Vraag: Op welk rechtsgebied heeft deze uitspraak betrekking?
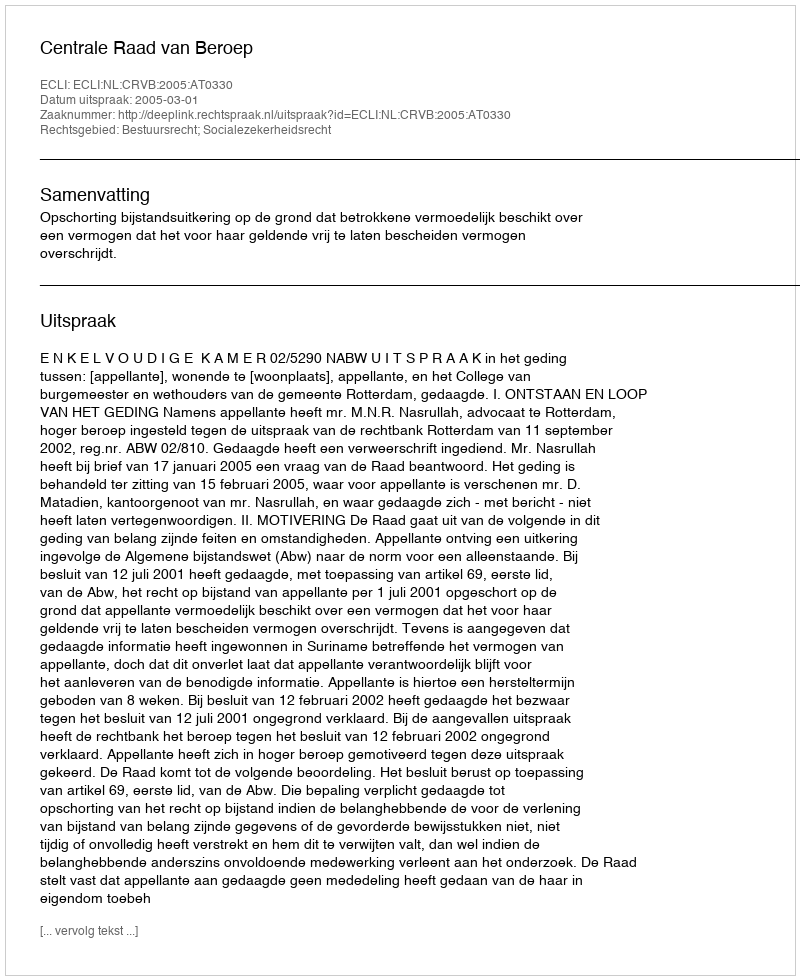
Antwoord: Bestuursrecht; Socialezekerheidsrecht